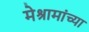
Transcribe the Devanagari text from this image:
मेश्रामांच्या